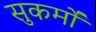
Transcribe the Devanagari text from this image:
सुकर्मों